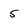
Character: 5